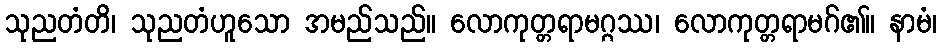
သုညတံတိ၊ သုညတံဟူသော အမည်သည်။ လောကုတ္တရာမဂ္ဂဿ၊ လောကုတ္တရာမဂ်၏။ နာမံ၊